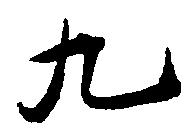
九